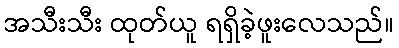
အသီးသီး ထုတ်ယူ ရရှိခဲ့ဖူးလေသည်။